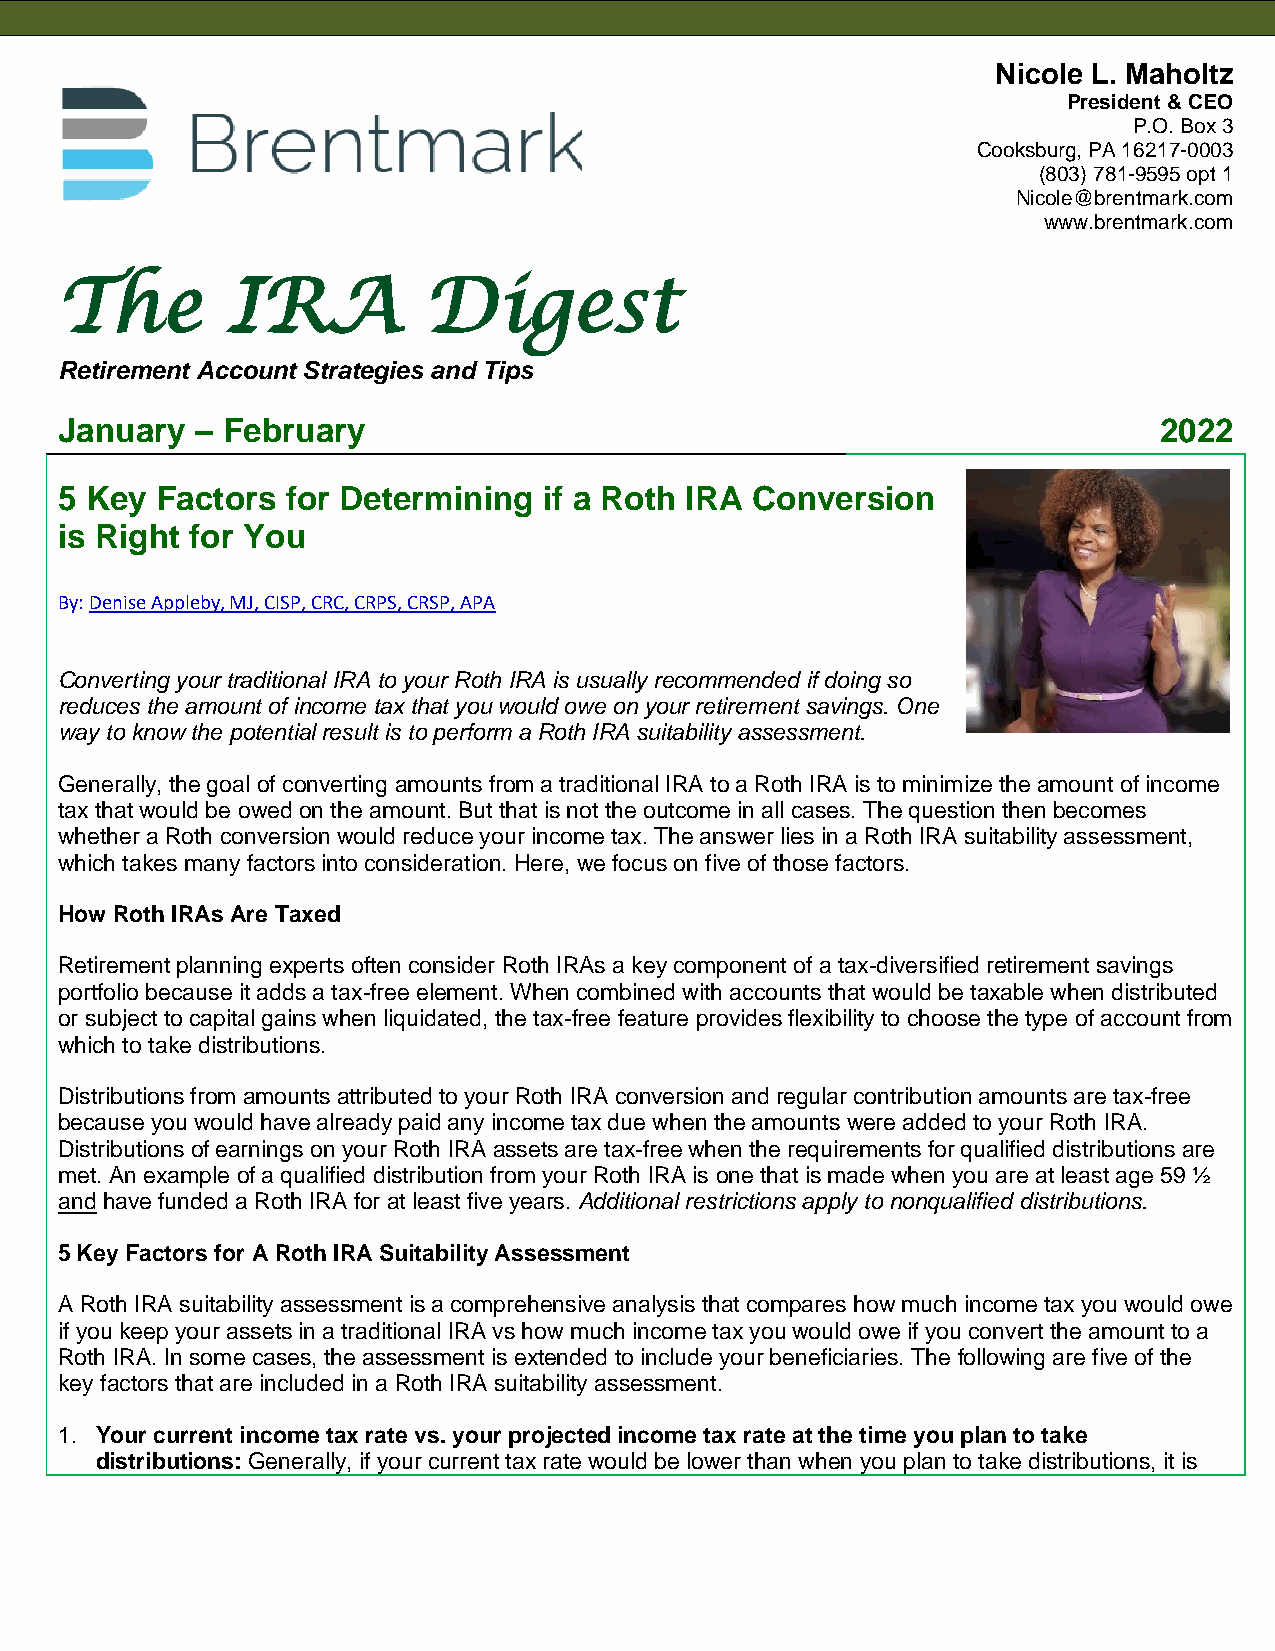
Nicole L. Maholtz
 President & CEO
 P.O. Box 3
 Cooksburg, PA 16217-0003
 (803) 781-9595 opt 1
 Nicole@brentmark.com
 www.brentmark.com
 The        IRA          Digest
 Retirement Account Strategies and Tips
 January  – February                                                      2022
 5 Key Factors  for Determining  if a Roth IRA Conversion
 is Right for You
 By: Denise Appleby, MJ, CISP, CRC, CRPS, CRSP, APA
 Converting your traditional IRA to your Roth IRA is usually recommended if doing so
 reduces the amount of income tax that you would owe on your retirement savings. One
 way to know the potential result is to perform a Roth IRA suitability assessment.
 Generally, the goal of converting amounts from a traditional IRA to a Roth IRA is to minimize the amount of income
 tax that would be owed on the amount. But that is not the outcome in all cases. The question then becomes
 whether a Roth conversion would reduce your income tax. The answer lies in a Roth IRA suitability assessment,
 which takes many factors into consideration. Here, we focus on five of those factors.
 How Roth IRAs Are Taxed
 Retirement planning experts often consider Roth IRAs a key component of a tax-diversified retirement savings
 portfolio because it adds a tax-free element. When combined with accounts that would be taxable when distributed
 or subject to capital gains when liquidated, the tax-free feature provides flexibility to choose the type of account from
 which to take distributions.
 Distributions from amounts attributed to your Roth IRA conversion and regular contribution amounts are tax-free
 because you would have already paid any income tax due when the amounts were added to your Roth IRA.
 Distributions of earnings on your Roth IRA assets are tax-free when the requirements for qualified distributions are
 met. An example of a qualified distribution from your Roth IRA is one that is made when you are at least age 59 ½
 and have funded a Roth IRA for at least five years. Additional restrictions apply to nonqualified distributions.
 5 Key Factors for A Roth IRA Suitability Assessment
 A Roth IRA suitability assessment is a comprehensive analysis that compares how much income tax you would owe
 if you keep your assets in a traditional IRA vs how much income tax you would owe if you convert the amount to a
 Roth IRA. In some cases, the assessment is extended to include your beneficiaries. The following are five of the
 key factors that are included in a Roth IRA suitability assessment.
 1. Your current income tax rate vs. your projected income tax rate at the time you plan to take
 distributions: Generally, if your current tax rate would be lower than when you plan to take distributions, it is